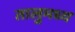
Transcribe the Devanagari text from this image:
तालुमध्य